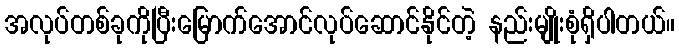
အလုပ်တစ်ခုကိုပြီးမြောက်အောင်လုပ်ဆောင်နိုင်တဲ့ နည်းမျိုးစုံရှိပါတယ်။